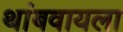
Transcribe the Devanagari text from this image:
थांबवायला